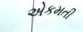
એકમતી